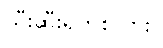
သီးဆီးရက်စ်လား။